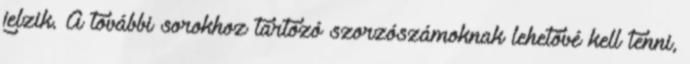
jelzik. A további sorokhoz tartozó szorzószámoknak lehetővé kell tenni,